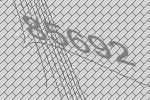
85692